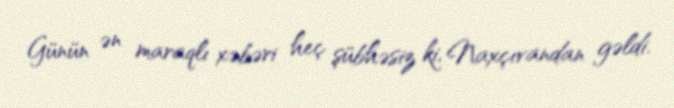
Günün ən maraqlı xəbəri heç şübhəsiz ki, Naxçıvandan gəldi.